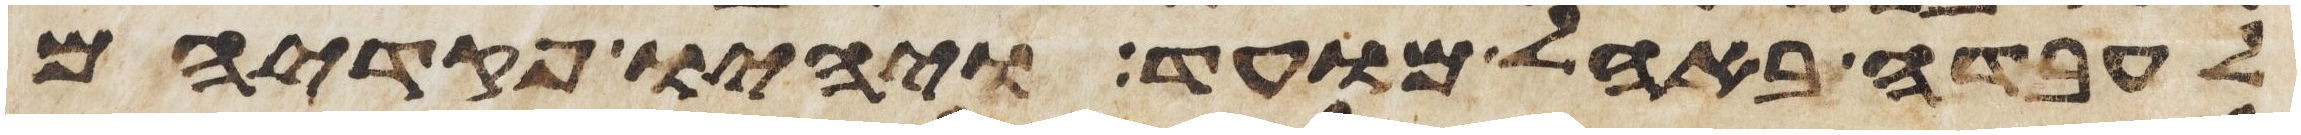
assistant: לעבדה באהל מועד ויהיו פקדיהם